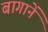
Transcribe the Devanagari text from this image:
बागानें